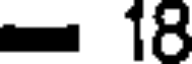
= 18